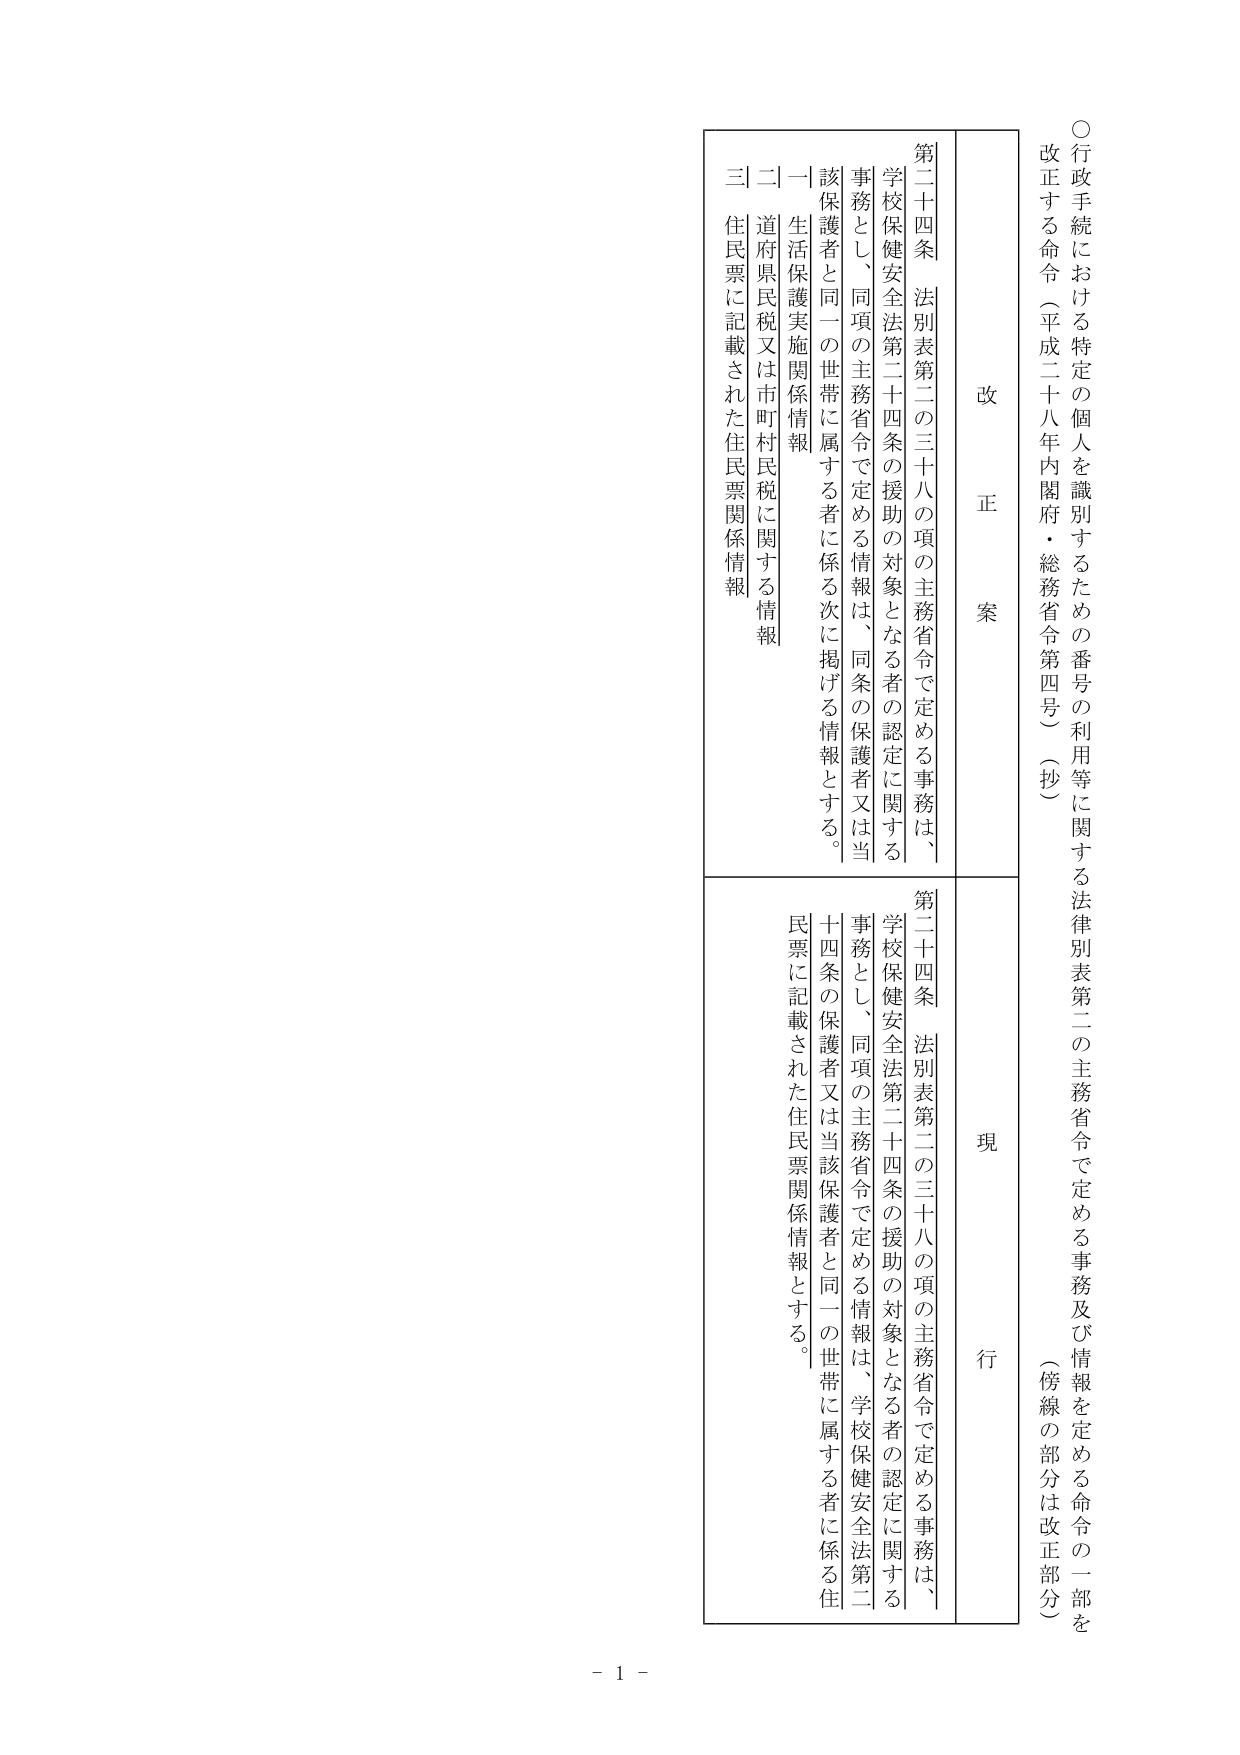
○行政手続における特定の個人を識別するための番号の利用等に関する法律別表第二の主務省令で定める事務及び情報を定める命令の一部を改正する命令（平成二十八年内閣府・総務省令第四号）（抄）（傍線の部分は改正部分）

改 正 案

第二十四条 法別表第二の三十八の項の主務省令で定める事務は、
学校保健安全法第二十四条の援助の対象となる者の認定に関する
事務とし、同項の主務省令で定める情報は、同条の保護者又は当
該保護者と同一の世帯に属する者に係る次に掲げる情報とする。
一 生活保護実施関係情報
二 道府県民税又は市町村民税に関する情報
三 住民票に記載された住民票関係情報

現 行

第二十四条 法別表第二の三十八の項の主務省令で定める事務は、
学校保健安全法第二十四条の援助の対象となる者の認定に関する
事務とし、同項の主務省令で定める情報は、学校保健安全法第二
十四条の保護者又は当該保護者と同一の世帯に属する者に係る住
民票に記載された住民票関係情報とする。

- 1 -